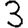
Digit: 3